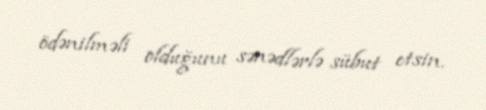
ödənilməli olduğunu sənədlərlə sübut etsin.